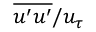
\overline { { u ^ { \prime } u ^ { \prime } } } / u _ { \tau }